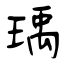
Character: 瑀